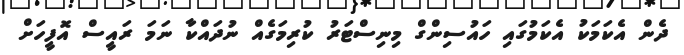
ދެން އެކަމަކު އެކަމުގައި ހައުސިންގް މިނިސްޓަރު ކުރިމަގެއް ނުދައްކާ ނަމަަ ރައީސް އޮފީހަށް